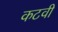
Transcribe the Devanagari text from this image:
कटवी